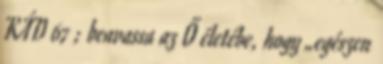
KÁD 67 ; beavassa az Ő életébe, hogy „egészen